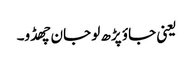
یعنی جاؤ پڑھ لو جان چھڈو۔